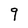
Character: 9